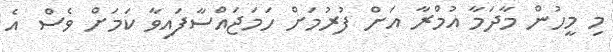
މި މީހުން މާދަމާ އުމްރާ އަށް ފުރުމަށް ހަމަޖައްސާފައިވާ ކަމަށް ވެސް އެ